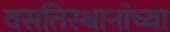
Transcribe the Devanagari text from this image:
वसतिस्थानांच्या